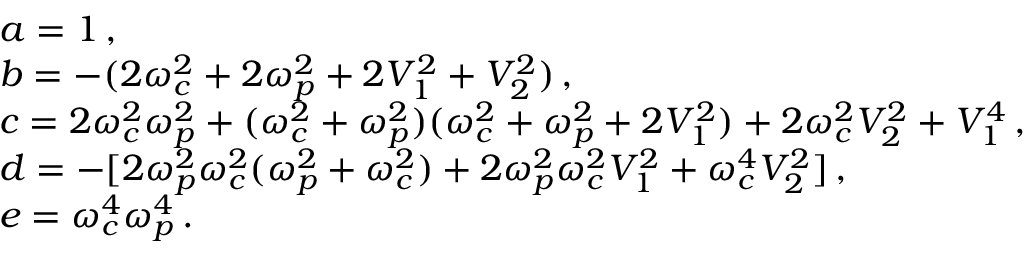
\begin{array} { r l } & { a = 1 \, , } \\ & { b = - ( 2 { \omega } _ { c } ^ { 2 } + 2 { \omega } _ { p } ^ { 2 } + 2 V _ { 1 } ^ { 2 } + V _ { 2 } ^ { 2 } ) \, , } \\ & { c = 2 { \omega } _ { c } ^ { 2 } { \omega } _ { p } ^ { 2 } + ( { \omega } _ { c } ^ { 2 } + { \omega } _ { p } ^ { 2 } ) ( { \omega } _ { c } ^ { 2 } + { \omega } _ { p } ^ { 2 } + 2 V _ { 1 } ^ { 2 } ) + 2 { \omega } _ { c } ^ { 2 } V _ { 2 } ^ { 2 } + V _ { 1 } ^ { 4 } \, , } \\ & { d = - [ 2 { \omega } _ { p } ^ { 2 } { \omega } _ { c } ^ { 2 } ( { \omega } _ { p } ^ { 2 } + { \omega } _ { c } ^ { 2 } ) + 2 { \omega } _ { p } ^ { 2 } { \omega } _ { c } ^ { 2 } V _ { 1 } ^ { 2 } + { \omega } _ { c } ^ { 4 } V _ { 2 } ^ { 2 } ] \, , } \\ & { e = { \omega } _ { c } ^ { 4 } { \omega } _ { p } ^ { 4 } \, . } \end{array}